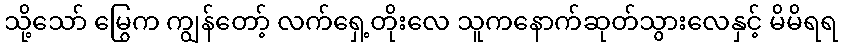
သို့သော် မြွေက ကျွန်တော့် လက်ရှေ့တိုးလေ သူကနောက်ဆုတ်သွားလေနှင့် မိမိရရ